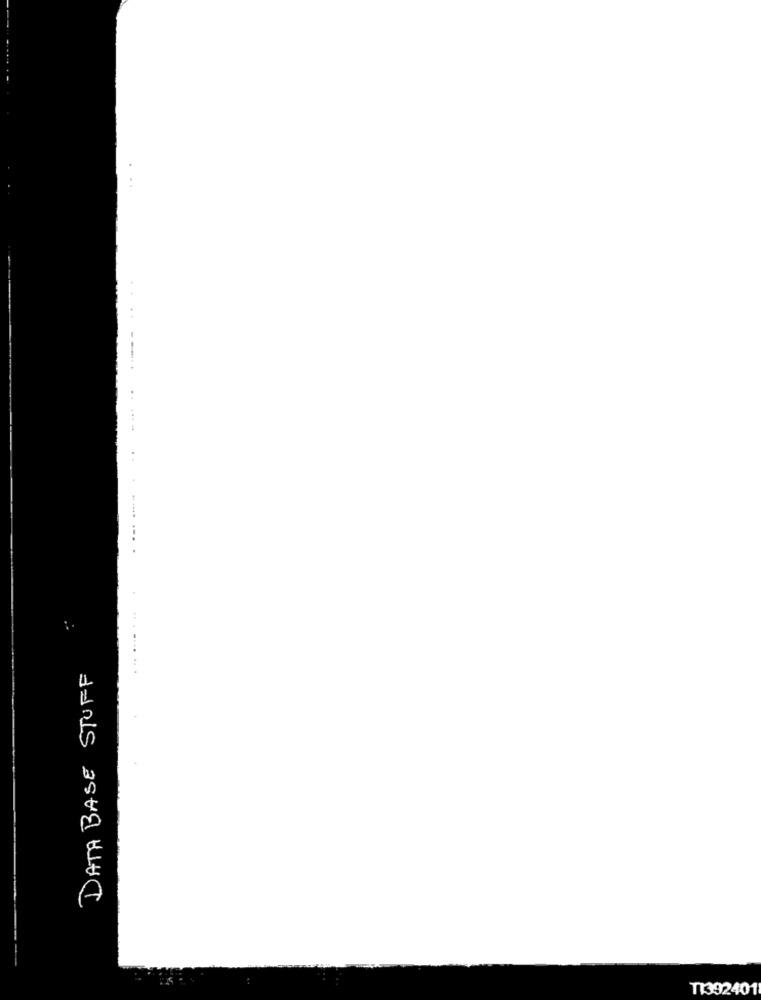
....
... .... .
DATA BASE STUFF
T1392401